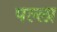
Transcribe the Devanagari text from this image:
पल्‍ला